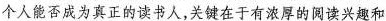
个人能否成为真正的读书人，关键在于有浓厚的阅读兴趣和